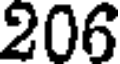
206